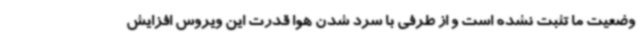
وضعیت ما تثبت نشده است و از طرفی با سرد شدن هوا قدرت این ویروس افزایش